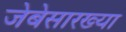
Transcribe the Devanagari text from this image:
जेबेसारख्या